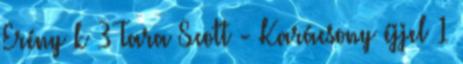
Erény k 3 Tara Scott - Karácsony éjjel 1